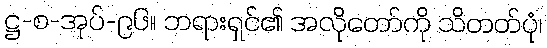
ဋ္ဌ-စ-အုပ်-၉၆။ ဘရားရှင်၏ အလိုတော်ကို သိတတ်ပုံ၊